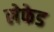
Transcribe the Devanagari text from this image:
लेफेड